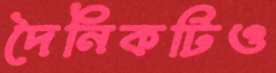
দৈনিকটিও